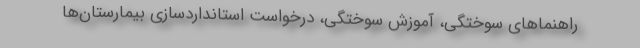
راهنماهای سوختگی، آموزش سوختگی، درخواست استانداردسازی بیمارستان‌ها